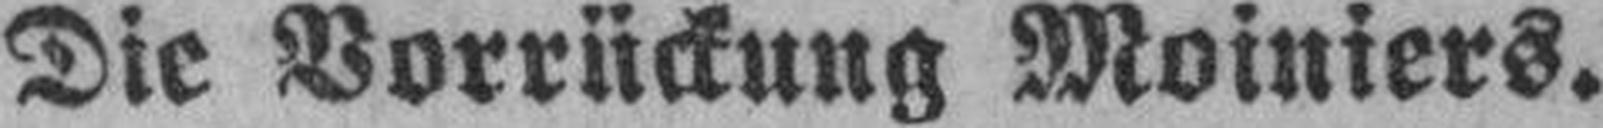
Die Vorrückung Moiniers.